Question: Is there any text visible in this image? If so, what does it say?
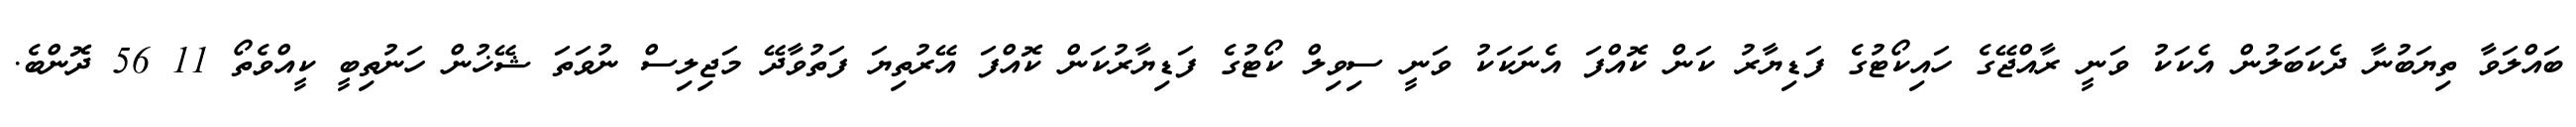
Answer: ބައްލަވާ ތިޔަބުނާ ދެކަބަލުން އެކަކު ވަނީ ރާއްޖޭގެ ހައިކޯޓުގެ ފަޑިޔާރު ކަން ކޮއްފަ އެނަކަކު ވަނީ ސިވިލް ކޯޓުގެ ފަޑިޔާރުކަން ކޮއްފަ އޭރުތިޔަ ފަތުވާދޭ މަޖިލިސް ނުވަތަ ޝޭޚުން ހަނުތިބީ ކީއްވެތޯ 11 56 ދޮންބެ.